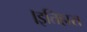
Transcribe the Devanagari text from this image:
।इतिहास